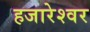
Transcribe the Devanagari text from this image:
हजारेश्वर